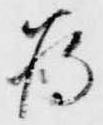
為